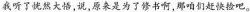
我听了恍然大悟,说，原来是为了修书啊,那咱们赶快捡吧。